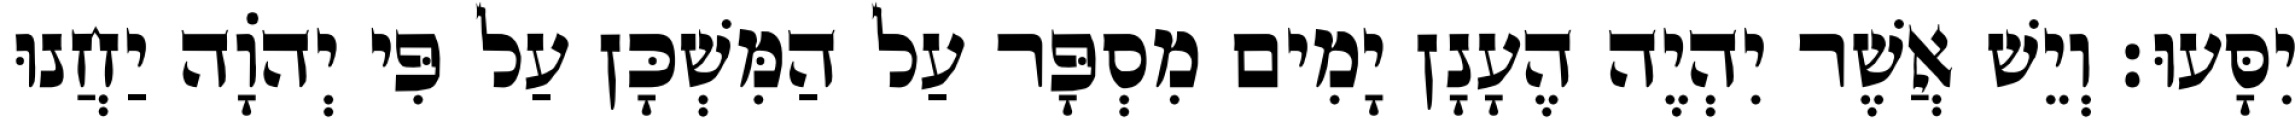
יִסָּעוּ׃ וְיֵשׁ אֲשֶׁר יִהְיֶה הֶעָנָן יָמִים מִסְפָּר עַל הַמִּשְׁכָּן עַל פִּי יְהוָֹה יַחֲנוּ